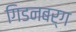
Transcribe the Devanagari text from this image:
गिडनबर्ग